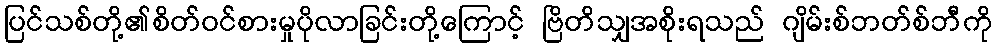
ပြင်သစ်တို့၏စိတ်ဝင်စားမှုပိုလာခြင်းတို့ကြောင့် ဗြိတိသျှအစိုးရသည် ဂျိမ်းစ်ဘတ်စ်ဘီကို